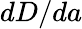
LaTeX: dD/da